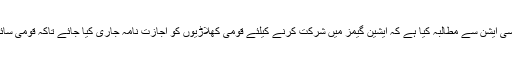
فیڈریشن نے پاکستان اولمپکس ایسوسی ایشن سے مطالبہ کیا ہے کہ ایشین گیمز میں شرکت کرنے کیلئے قومی کھلاڑیوں کو اجازت نامہ جاری کیا جائے تاکہ قومی سائیکلست ایونٹ میں شرکت کر سکیں۔